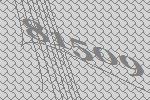
81509